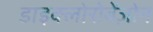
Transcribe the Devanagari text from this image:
डाइक्लोरोबेंज़ोन